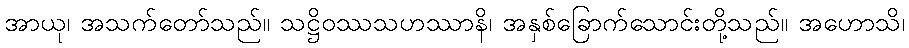
အာယု၊ အသက်တော်သည်။ သဋ္ဌိဝဿသဟဿာနိ၊ အနှစ်ခြောက်သောင်းတို့သည်။ အဟောသိ၊